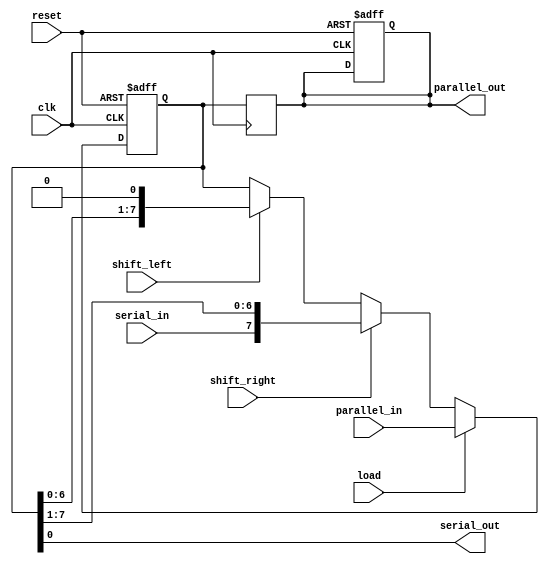
module shift_register (
    input wire clk,             // Clock signal
    input wire reset,           // Reset signal
    input wire shift_right,     // Control signal to shift right
    input wire shift_left,      // Control signal to shift left
    input wire load,            // Control signal to load data
    input wire [7:0] parallel_in, // Parallel input data
    input wire serial_in,       // Serial input data
    output reg [7:0] parallel_out, // Parallel output data
    output wire serial_out       // Serial output data
);

    // Internal register to hold the shift register data
    reg [7:0] shift_reg;

    // Assign the serial output to the rightmost bit of the shift register
    assign serial_out = shift_reg[0];

    always @(posedge clk or posedge reset) begin
        if (reset) begin
            // Reset the shift register to zero
            shift_reg <= 8'b0;
            parallel_out <= 8'b0;
        end else if (load) begin
            // Load the parallel input data into the shift register
            shift_reg <= parallel_in;
        end else if (shift_right) begin
            // Shift right: input serial data into the leftmost bit
            shift_reg <= {serial_in, shift_reg[7:1]};
        end else if (shift_left) begin
            // Shift left: output the rightmost bit and shift the rest
            shift_reg <= {shift_reg[6:0], 1'b0};
        end
    end

    // Output the current state of the shift register as parallel output
    always @(posedge clk) begin
        parallel_out <= shift_reg;
    end

endmodule